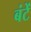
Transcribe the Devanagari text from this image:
बंटें